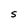
Character: S